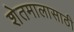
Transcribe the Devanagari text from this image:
शेतमालासाठी